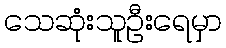
သေဆုံးသူဦးရေမှာ